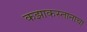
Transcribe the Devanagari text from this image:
कझाकस्तानाचा